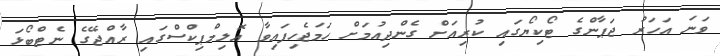
ވަނަ އަހަރު ޖަޕާންގެ ޓޯކިޔޯގައި ކުރިއަށް ގެންދިއުމަށް ހަމަޖެހިފައިވާ އޮލިމްޕިކްސްގައި ރާއްޖޭގެ ނެޓްބޯޅަ